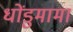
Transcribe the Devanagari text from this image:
धोंडुमामा